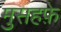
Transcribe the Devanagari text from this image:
मुसहफ़े